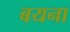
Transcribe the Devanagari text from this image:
बयना